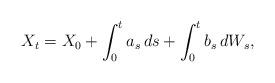
LaTeX: \begin{align*} X_{t}=X_0+\int_0^t a_s\,ds +\int_0^tb_s\,dW_s,\end{align*}